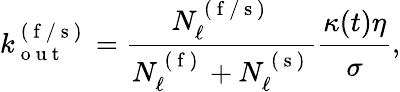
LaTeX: k_{\mathrm{~o~u~t~}}^{\mathrm{~(~f~/~s~)~}}=\cfrac{N_{\ell}^{\mathrm{~(~f~/~s~)~}}}{N_{\ell}^{\mathrm{~(~f~)~}}+N_{\ell}^{\mathrm{~(~s~)~}}}\cfrac{\kappa(t)\eta}{\sigma},